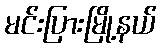
မင်းပြားမြို့နယ်